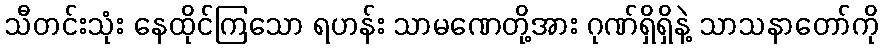
သီတင်းသုံး နေထိုင်ကြသော ရဟန်း သာမဏေတို့အား ဂုဏ်ရှိရှိနဲ့ သာသနာတော်ကို